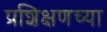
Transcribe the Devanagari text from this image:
प्रशिक्षणच्या